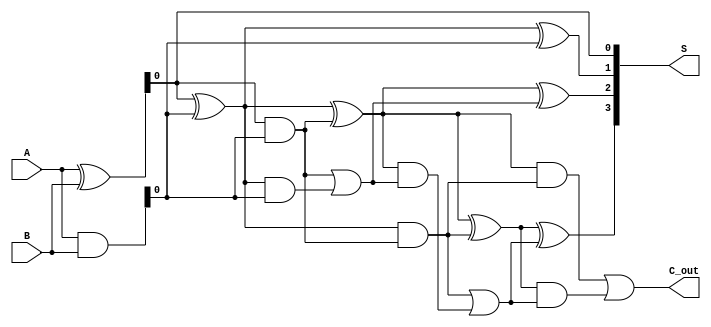
module kogge_stone_adder(
    input [3:0] A,
    input [3:0] B,
    output reg [3:0] S,
    output reg C_out
);

reg [3:0] P, G, C;

assign P = A ^ B;
assign G = A & B;
assign S[0] = P[0];
assign C[0] = G[0];

genvar i;
generate
    for (i = 1; i < 4; i = i + 1) begin : kogge_stone_gen
        assign P[i] = P[i-1] ^ G[i-1];
        assign G[i] = P[i-1] & G[i-1];
        assign S[i] = P[i] ^ C[i-1];
        assign C[i] = G[i] | (P[i] & C[i-1]);
    end
endgenerate

assign C_out = C[3];

endmodule